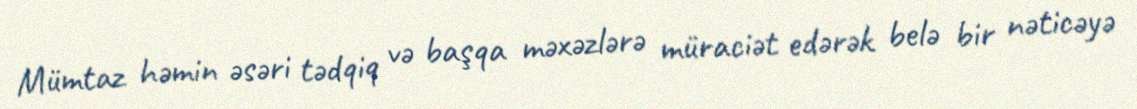
Mümtaz həmin əsəri tədqiq və başqa məxəzlərə müraciət edərək belə bir nəticəyə